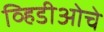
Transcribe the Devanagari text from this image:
व्हिडीओचे